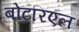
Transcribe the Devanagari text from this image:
बोटरिएल